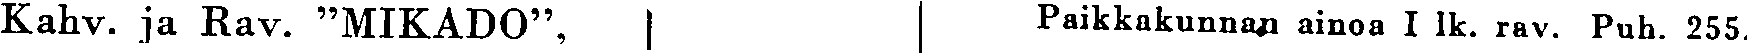
Kahv. ja Rav. ''MIKADO'', Paikkakunnan ainoa I lk. rav. Puh. 255.